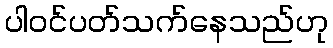
ပါဝင်ပတ်သက်နေသည်ဟု